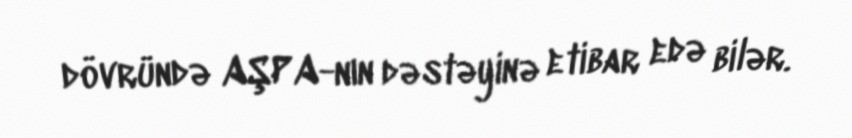
dövründə AŞPA-nın dəstəyinə etibar edə bilər.